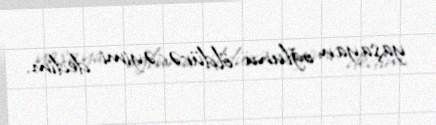
yaşayan oğlunu öldürəcəyimi dedim.